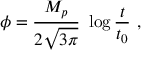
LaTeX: \phi = { \frac { M _ { p } } { 2 \sqrt { 3 \pi } } } ~ \log { \frac { t } { t _ { 0 } } } \ ,